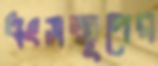
ধংসস্তূপের